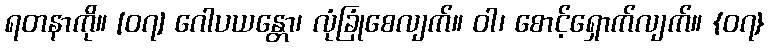
ရတနာကို။ [၀၇] ဂေါပယန္တော၊ လုံခြုံစေလျက်။ ဝါ၊ စောင့်ရှောက်လျက်။ {၀၇}